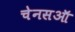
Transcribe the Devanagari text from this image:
चेनसऑ